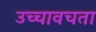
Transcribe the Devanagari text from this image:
उच्चावचता